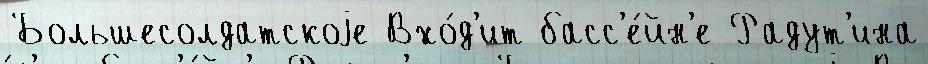
Большесолдатскоjе Вхо́д'ит басс'е́йн'е Радут'ина